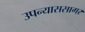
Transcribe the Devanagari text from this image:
उपन्याससागर